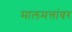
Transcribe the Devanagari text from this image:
मालमत्तांवर